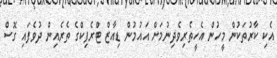
އެކި ކާރުތަކުން މީހުން އެހީތެރިވެދިނުމަށް އައުމުން ޑިއާޒް ޓްރެފިކްގެ ތެރެއިން ދުވެފައި ގޮސް